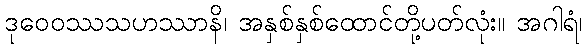
ဒုဝေဝဿသဟဿာနိ၊ အနှစ်နှစ်ထောင်တို့ပတ်လုံး။ အဂါရံ၊